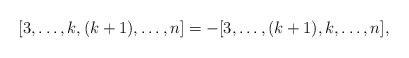
\begin{align*}[3,\ldots,k, (k+1),\ldots,n]=-[3,\ldots,(k+1),k,\ldots,n],\end{align*}